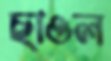
ছাওল